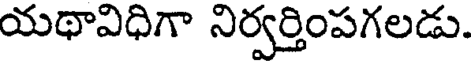
యథావిధిగా నిర్వర్తింపగలడు.